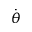
\dot { \theta }